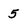
Character: 5